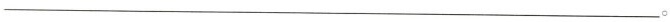
___。